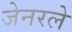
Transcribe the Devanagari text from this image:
जेनरले